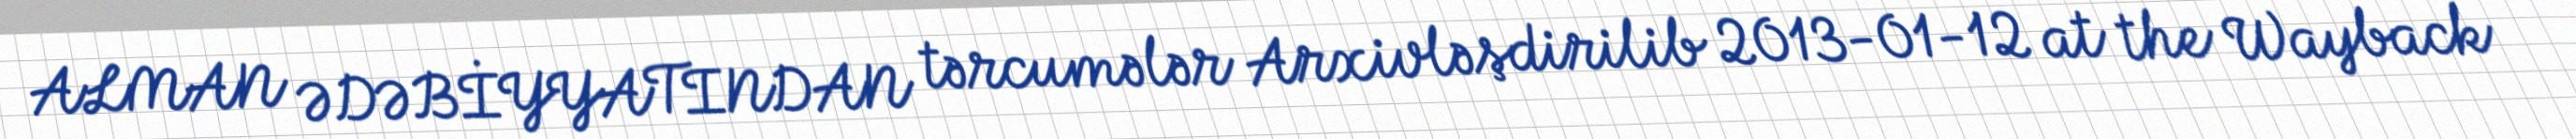
ALMAN ƏDƏBİYYATINDAN tərcumələr Arxivləşdirilib 2013-01-12 at the Wayback